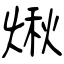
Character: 煍